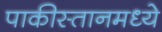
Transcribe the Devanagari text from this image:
पाकीस्तानमध्ये